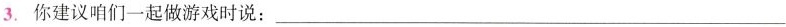
3.你建议咱们一起做游戏时说：___